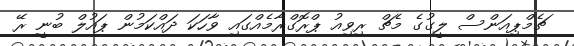
ޗެމްޕިއަންސް ލީގުގެ މެޗް ރިވިއު ޕްރޮގްރާމެއްގައި ވާހަކަ ދައްކަމުން ޕައުލް ބުނީ ރޭ